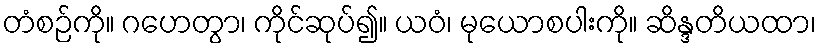
တံစဉ်ကို။ ဂဟေတွာ၊ ကိုင်ဆုပ်၍။ ယဝံ၊ မုယောစပါးကို။ ဆိန္ဒတိယထာ၊